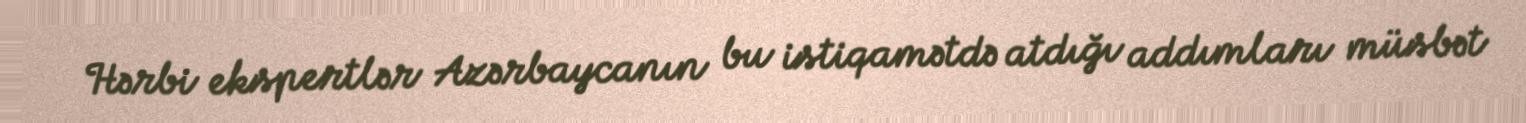
Hərbi ekspertlər Azərbaycanın bu istiqamətdə atdığı addımları müsbət